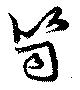
笥